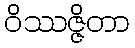
ဝိဿဇ္ဇိတာ